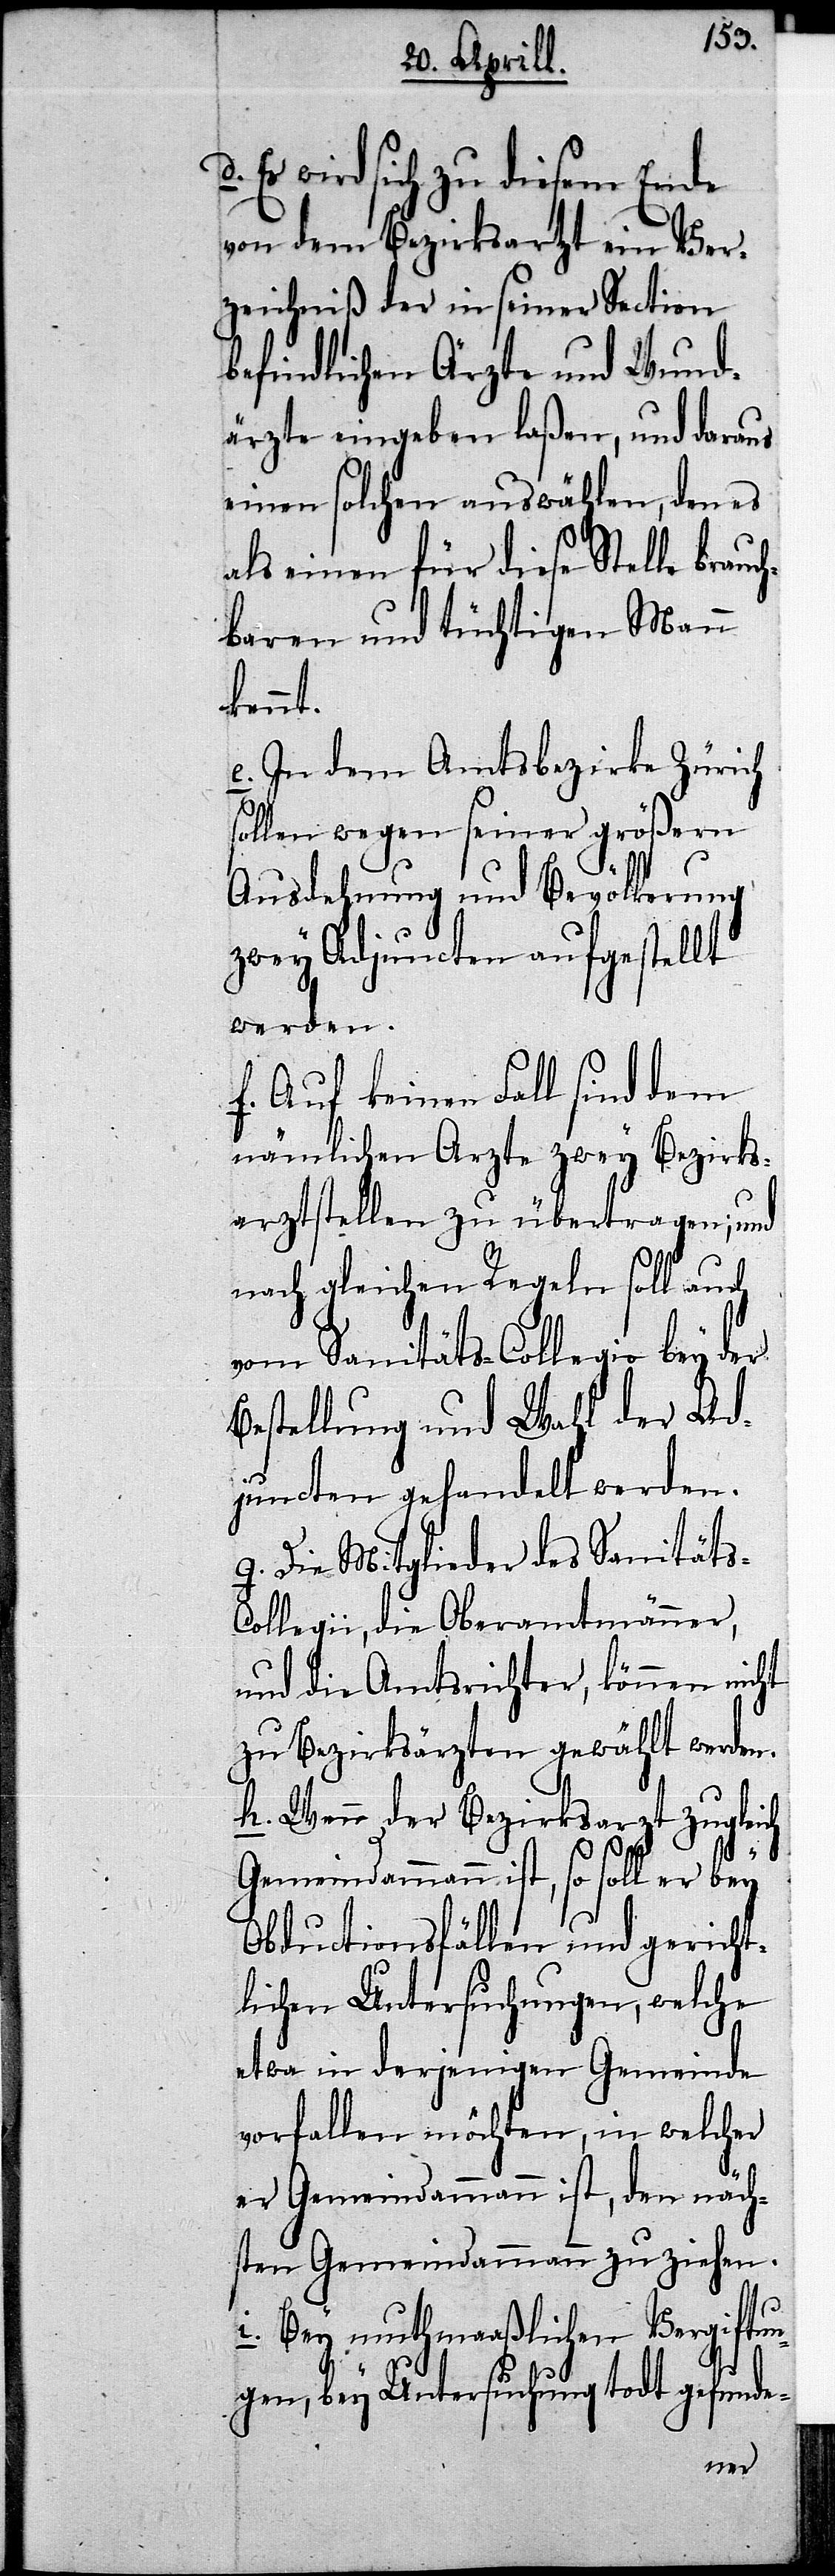
d. Es wird sich zu diesem Ende
von dem Bezirksartzt ein Ver¬
zeichniß der in seiner Section
befindlichen Ärzte und Wund¬
ärzte eingeben laßen, und daraus
einen solchen auswählen, den es
als einen für diese Stelle brauc¬
hbaren und tüchtigen Mann
kennt.
e. In dem Amtsbezirke Zürich
sollen wegen seiner größern
Ausdehnung und Bevölkerung
zwey Adjuncten aufgestellt
werden.
f. Auf keinen Fall sind dem
nämlichen Arzte zwey Bezirks¬
arztstellen zu übertragen; und
nach gleichen Regeln soll auch
vom Sanitäts-Collegio bey der
Bestellung und Wahl der Ad¬
juncten gehandelt werden.
g. Die Mitglieder des Sanitäts-C¬
ollegii, die Oberamtsmänner,
und die Amtsrichter, können nicht
zu Bezirksärzten gewählt werden.
h. Wenn der Bezirksarzt zugleich
Gemeindammann ist, so soll er bey
Obductionsfällen und gericht¬
lichen Untersuchungen, welche
etwa in derjenigen Gemeinde
vorfallen möchten, in welcher
er Gemeindammann ist, den näch¬
sten Gemeindammann zuziehen.
i. Bey muthmaaßlichen Vergiftun¬
gen, bey Untersuchung todt gefunde-